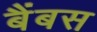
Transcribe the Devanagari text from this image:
बैंबस